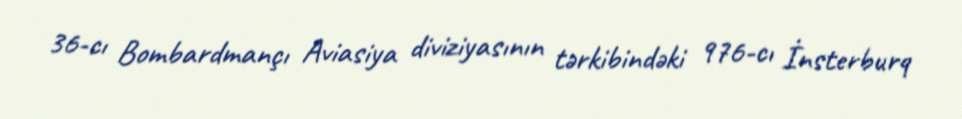
36-cı Bombardmançı Aviasiya diviziyasının tərkibindəki 976-cı İnsterburq